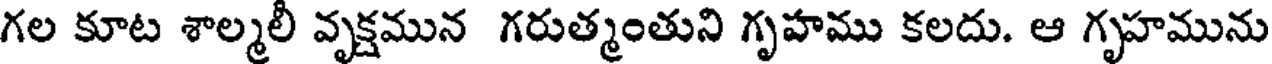
గల కూట శాల్మలీ వృక్షమున గరుత్మంతుని గృహము కలదు. ఆ గృహమును